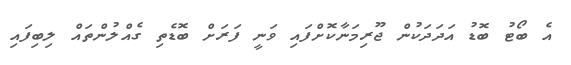
އެ ބޯޓު ބޮޑު އަދަދަކުން ޖޫރިމަނާކޮށްފައި ވަނީ ފަރަށް ބޮޑެތި ގެއްލުންތައް ލިބިފައި